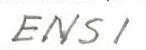
ENSI